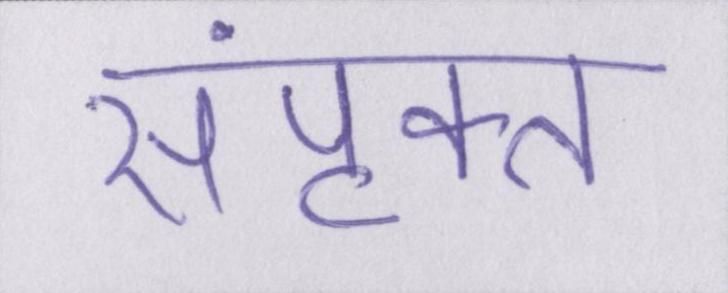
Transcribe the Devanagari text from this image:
संपृक्त